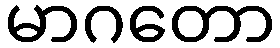
မာဂတော